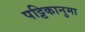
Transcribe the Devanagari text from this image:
पट्टिकानुमा